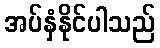
အပ်နှံနိုင်ပါသည်